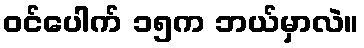
ဝင်ပေါက် ၁၅က ဘယ်မှာလဲ။